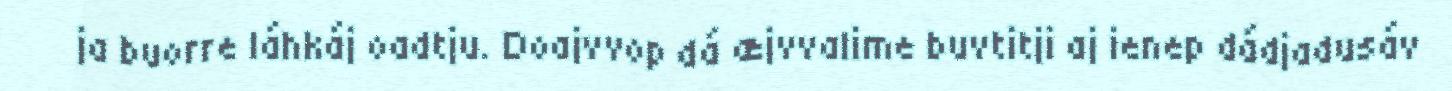
ja buorre láhkáj oadtju. Doajvvop dá æjvvalime buvtitji aj ienep dádjadusáv